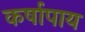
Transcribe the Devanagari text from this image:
कर्षापाय